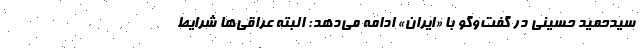
سیدحمید حسینی در گفت‌وگو با «ایران» ادامه می‌دهد: البته عراقی‌ها شرایط